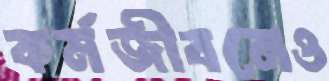
কর্মজীবনেও